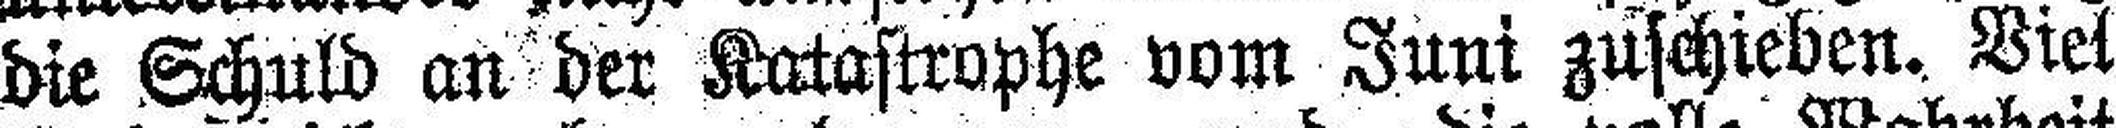
die Schuld an der Katastrophe vom Juni zuschieben. Viel